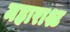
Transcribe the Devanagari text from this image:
महाराश्ट